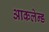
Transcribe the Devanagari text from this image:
आकलेन्ड